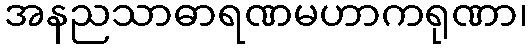
အနညသာဓာရဏမဟာကရုဏာ၊